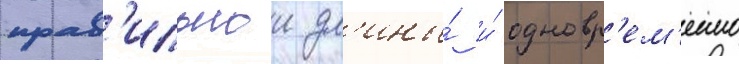
прав'ильнои дл'ины́ и́ одновр'ем'енно